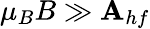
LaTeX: \mu_{B}B\gg\mathbf{A}_{hf}